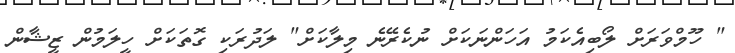
" ހޫމްވަރަށް ލޯބިއެކަމު އަހަންނަކަށް ނުކެރޭނެ މިލާކަށް" ލަދުރަކި ގޮތަކަށް ހީލަމުން ޒީޝާން